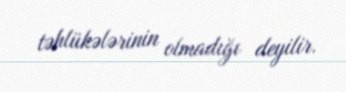
təhlükələrinin olmadığı deyilir.